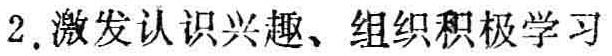
2. 激发认识兴趣、组织积极学习